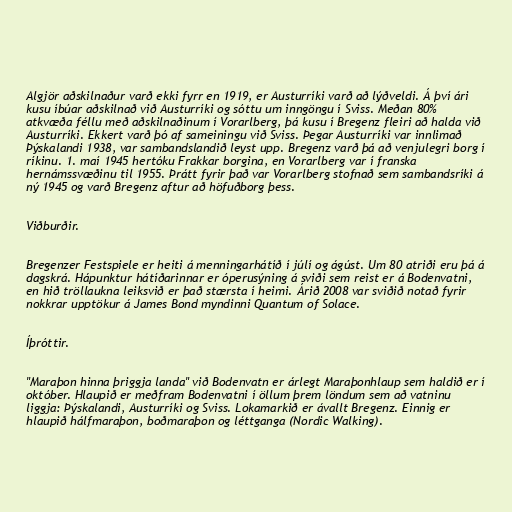
Algjör aðskilnaður varð ekki fyrr en 1919, er Austurríki varð að lýðveldi. Á því ári
kusu íbúar aðskilnað við Austurríki og sóttu um inngöngu í Sviss. Meðan 80%
atkvæða féllu með aðskilnaðinum í Vorarlberg, þá kusu í Bregenz fleiri að halda við
Austurríki. Ekkert varð þó af sameiningu við Sviss. Þegar Austurríki var innlimað
Þýskalandi 1938, var sambandslandið leyst upp. Bregenz varð þá að venjulegri borg í
ríkinu. 1. maí 1945 hertóku Frakkar borgina, en Vorarlberg var í franska
hernámssvæðinu til 1955. Þrátt fyrir það var Vorarlberg stofnað sem sambandsríki á
ný 1945 og varð Bregenz aftur að höfuðborg þess.

Viðburðir.

Bregenzer Festspiele er heiti á menningarhátíð í júlí og ágúst. Um 80 atriði eru þá á
dagskrá. Hápunktur hátíðarinnar er óperusýning á sviði sem reist er á Bodenvatni,
en hið tröllaukna leiksvið er það stærsta í heimi. Árið 2008 var sviðið notað fyrir
nokkrar upptökur á James Bond myndinni Quantum of Solace.

Íþróttir.

"Maraþon hinna þriggja landa" við Bodenvatn er árlegt Maraþonhlaup sem haldið er í
október. Hlaupið er meðfram Bodenvatni í öllum þrem löndum sem að vatninu
liggja: Þýskalandi, Austurríki og Sviss. Lokamarkið er ávallt Bregenz. Einnig er
hlaupið hálfmaraþon, boðmaraþon og léttganga (Nordic Walking).